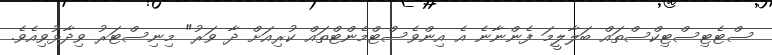
ސްޓެޓިސްޓިކްސްތައް ބަލާލީމަ ފެންނާނެ އެ އިންވެސްޓްމެންޓްތައް ކުރިއަށް ދާ ވަރު" މިނިސްޓަރު ވިދާޅުވިއެވެ.